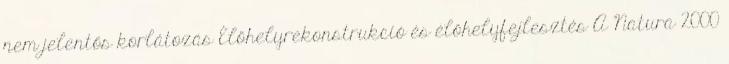
nem jelentős korlátozás Élőhelyrekonstrukció és élőhelyfejlesztés A Natura 2000